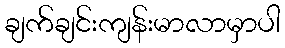
ချက်ချင်းကျန်းမာလာမှာပါ